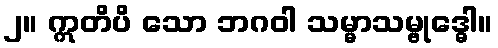
၂။ ဣတိပိ သော ဘဂဝါ သမ္မာသမ္ဗုဒ္ဓေါ။